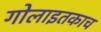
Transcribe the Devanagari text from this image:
गोलाइतकाच